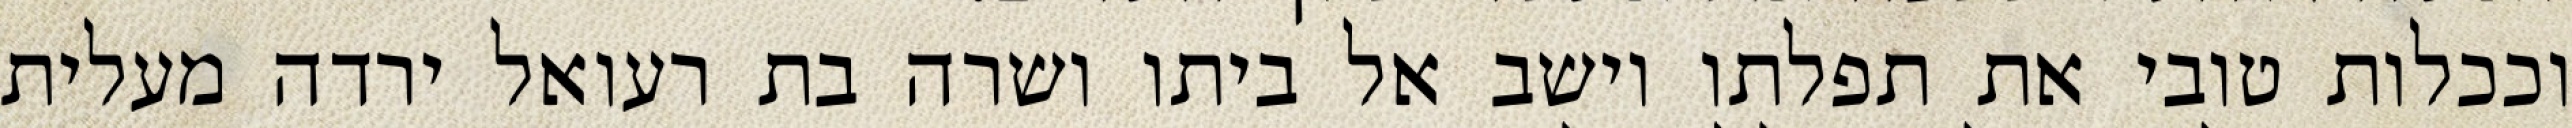
וככלות טובי את תפלתו וישב אל ביתו ושרה בת רעואל ירדה מעלית